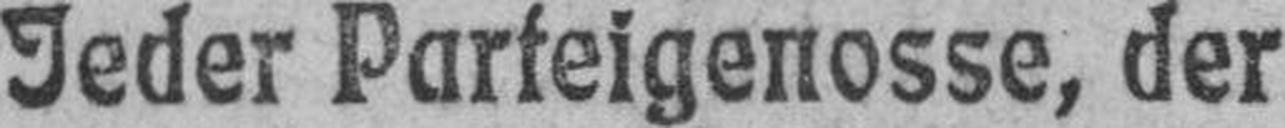
Jeder Parteigenosse, der